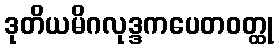
ဒုတိယမိဂလုဒ္ဒကပေတဝတ္ထု